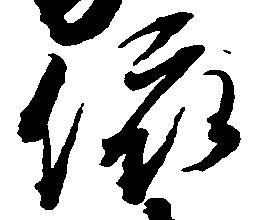
依